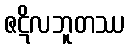
ဇဋိလဘူတဿ